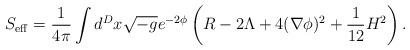
LaTeX: \begin{align*}S_{\rm eff} = \frac{1}{4\pi}\int d^{D} x \sqrt{-g} e^{-2\phi} \left( R - 2\Lambda + 4 (\nabla\phi)^2+ \frac{1}{12} H^2 \right). \end{align*}